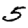
Digit: 5